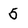
Character: 5